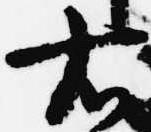
右